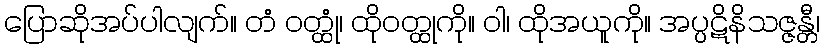
ပြောဆိုအပ်ပါလျက်။ တံ ဝတ္ထုံ၊ ထိုဝတ္ထုကို။ ဝါ၊ ထိုအယူကို။ အပ္ပဋိနိသဇ္ဇန္တီ၊